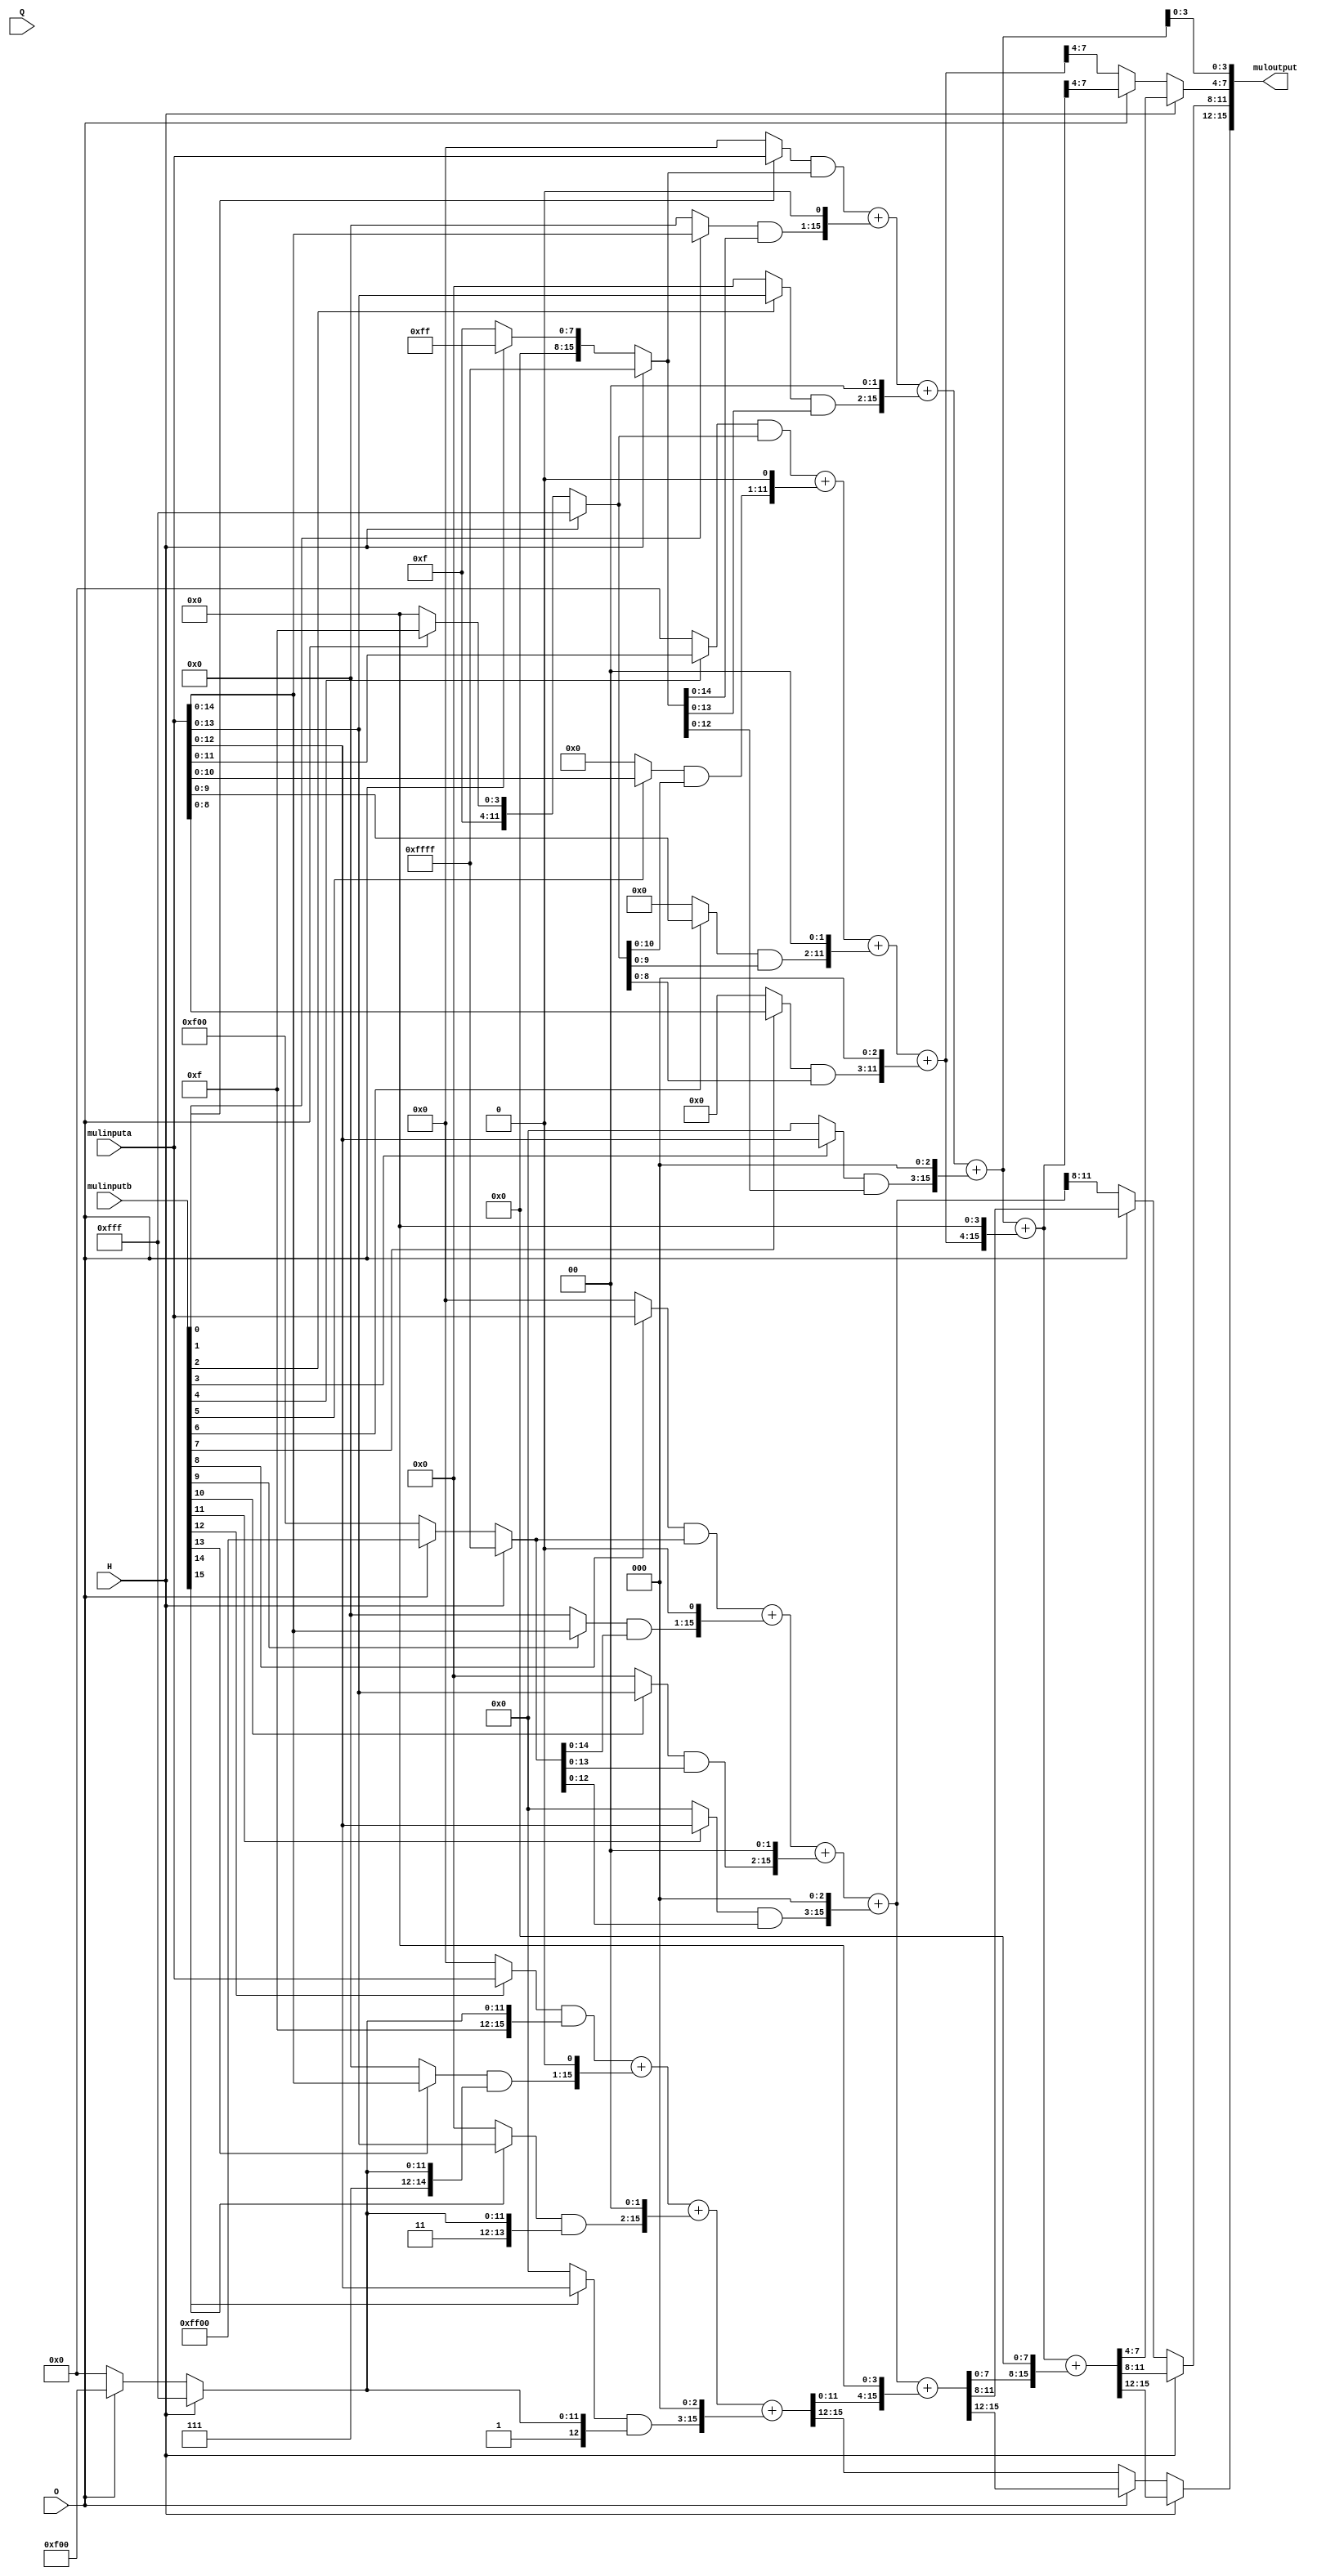
module SIMDmultiply(
        input [15:0] mulinputa,
        input [15:0] mulinputb,
        input H,
        input O,
        input Q,
        output [15:0] muloutput
    );
    
    
    wire [15:0] sel0 = H?16'hFFFF:(O?16'h00FF:16'h000F);
    wire [15:0] sel1 = H?16'hFFFF:(O?16'h00FF:16'h00F0);
    wire [15:0] sel2 = H?16'hFFFF:(O?16'hFF00:16'h0F00);
    wire [15:0] sel3 = H?16'hFFFF:(O?16'hFF00:16'hF000);
    
    wire [15:0] a0 = (mulinputb[0]?mulinputa:16'h0000)&sel0;
    wire [15:0] a1 = (mulinputb[1]?mulinputa:16'h0000)&sel0;
    wire [15:0] a2 = (mulinputb[2]?mulinputa:16'h0000)&sel0;
    wire [15:0] a3 = (mulinputb[3]?mulinputa:16'h0000)&sel0;
    wire [15:0] a4 = (mulinputb[4]?mulinputa:16'h0000)&sel1;
    wire [15:0] a5 = (mulinputb[5]?mulinputa:16'h0000)&sel1;
    wire [15:0] a6 = (mulinputb[6]?mulinputa:16'h0000)&sel1;
    wire [15:0] a7 = (mulinputb[7]?mulinputa:16'h0000)&sel1;
    wire [15:0] a8 = (mulinputb[8]?mulinputa:16'h0000)&sel2;
    wire [15:0] a9 = (mulinputb[9]?mulinputa:16'h0000)&sel2;
    wire [15:0] a10 = (mulinputb[10]?mulinputa:16'h0000)&sel2;
    wire [15:0] a11 = (mulinputb[11]?mulinputa:16'h0000)&sel2;
    wire [15:0] a12 = (mulinputb[12]?mulinputa:16'h0000)&sel3;
    wire [15:0] a13 = (mulinputb[13]?mulinputa:16'h0000)&sel3;
    wire [15:0] a14 = (mulinputb[14]?mulinputa:16'h0000)&sel3;
    wire [15:0] a15 = (mulinputb[15]?mulinputa:16'h0000)&sel3;
    
    wire [15:0] tmp0,tmp1,tmp2,tmp3;
    wire [15:0] tmp00,tmp11;
    wire [15:0] tmp000;
    
    assign tmp0  = a0   + (a1<<1)   +  (a2<<2)    +  (a3<<3);
    assign tmp1  = a4   + (a5<<1)   +  (a6<<2)    +  (a7<<3);
    assign tmp2  = a8   + (a9<<1)   +  (a10<<2)   +  (a11<<3);
    assign tmp3  = a12  + (a13<<1)  +  (a14<<2)   +  (a15<<3);
    
    assign tmp00 = tmp0 + (tmp1<<4);
    assign tmp11 = tmp2 + (tmp3<<4);
   
    assign tmp000 = tmp00 + (tmp11<<8); 
    
    wire [3:0] tmp1h,tmp1o,tmp1q;
    wire [3:0] tmp2h,tmp2o,tmp2q;
    wire [3:0] tmp3h,tmp3o,tmp3q;
    
    assign muloutput[3:0] = tmp0[3:0];
    
    assign tmp1h = tmp000[7:4];    
    assign tmp2h = tmp000[11:8];     
    assign tmp3h = tmp000[15:12];    
    
    assign tmp1o = tmp00[7:4];    
    assign tmp2o = tmp11[11:8];    
    assign tmp3o = tmp11[15:12];
    
    assign tmp1q = tmp1[7:4];    
    assign tmp2q = tmp2[11:8];
    assign tmp3q = tmp3[15:12];
    
    assign muloutput[7:4]   = H?tmp1h:(O?tmp1o:tmp1q);
    assign muloutput[11:8]  = H?tmp2h:(O?tmp2o:tmp2q);
    assign muloutput[15:12] = H?tmp3h:(O?tmp3o:tmp3q);
    
    
endmodule